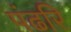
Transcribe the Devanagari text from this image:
पंढरि